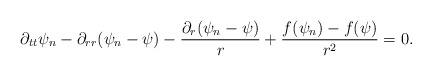
\begin{align*}\partial_{tt}\psi_n-\partial_{rr}(\psi_n-\psi)-\frac{\partial_r(\psi_n-\psi)}{r}+\frac{f(\psi_n)-f(\psi)}{r^2}=0.\end{align*}